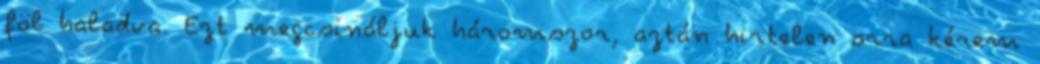
föl haladva. Ezt megcsináljuk háromszor, aztán hirtelen arra kérem